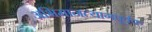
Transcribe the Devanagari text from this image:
अभिमानत्यागपूर्वक